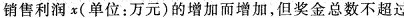
销售利润x(单位：万元)的增加而增加，但奖金总数不超过